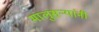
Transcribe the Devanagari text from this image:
मालुसर्‍यांनी